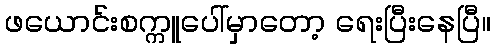
ဖယောင်းစက္ကူပေါ်မှာတော့ ရေးပြီးနေပြီ။